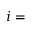
i =